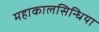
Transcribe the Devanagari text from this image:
महाकालसिन्धिया